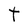
Character: t